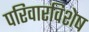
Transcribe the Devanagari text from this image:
परिवारविशेष